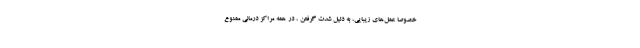
خصوصا عمل‌های زیبایی، به دلیل شدت گرفتن ، در همه مراکز درمانی ممنوع